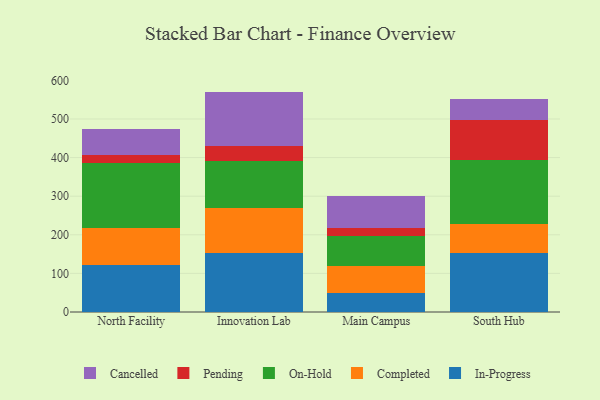
{"axis": {"x": "Campus", "y": "Temperature (°C)"}, "legend": ["Cancelled", "Completed", "In-Progress", "On-Hold", "Pending"], "data": [{"x": "North Facility", "y": 121.5, "type": "In-Progress"}, {"x": "North Facility", "y": 95.1, "type": "Completed"}, {"x": "North Facility", "y": 169.7, "type": "On-Hold"}, {"x": "North Facility", "y": 20.0, "type": "Pending"}, {"x": "North Facility", "y": 68.1, "type": "Cancelled"}, {"x": "Innovation Lab", "y": 152.4, "type": "In-Progress"}, {"x": "Innovation Lab", "y": 116.3, "type": "Completed"}, {"x": "Innovation Lab", "y": 122.1, "type": "On-Hold"}, {"x": "Innovation Lab", "y": 39.8, "type": "Pending"}, {"x": "Innovation Lab", "y": 140.3, "type": "Cancelled"}, {"x": "Main Campus", "y": 49.5, "type": "In-Progress"}, {"x": "Main Campus", "y": 68.5, "type": "Completed"}, {"x": "Main Campus", "y": 79.4, "type": "On-Hold"}, {"x": "Main Campus", "y": 21.1, "type": "Pending"}, {"x": "Main Campus", "y": 81.9, "type": "Cancelled"}, {"x": "South Hub", "y": 152.6, "type": "In-Progress"}, {"x": "South Hub", "y": 75.9, "type": "Completed"}, {"x": "South Hub", "y": 165.8, "type": "On-Hold"}, {"x": "South Hub", "y": 103.7, "type": "Pending"}, {"x": "South Hub", "y": 53.2, "type": "Cancelled"}]}